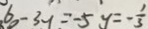
6 - 3 y = - 5 y = - \frac { 1 } { 3 }